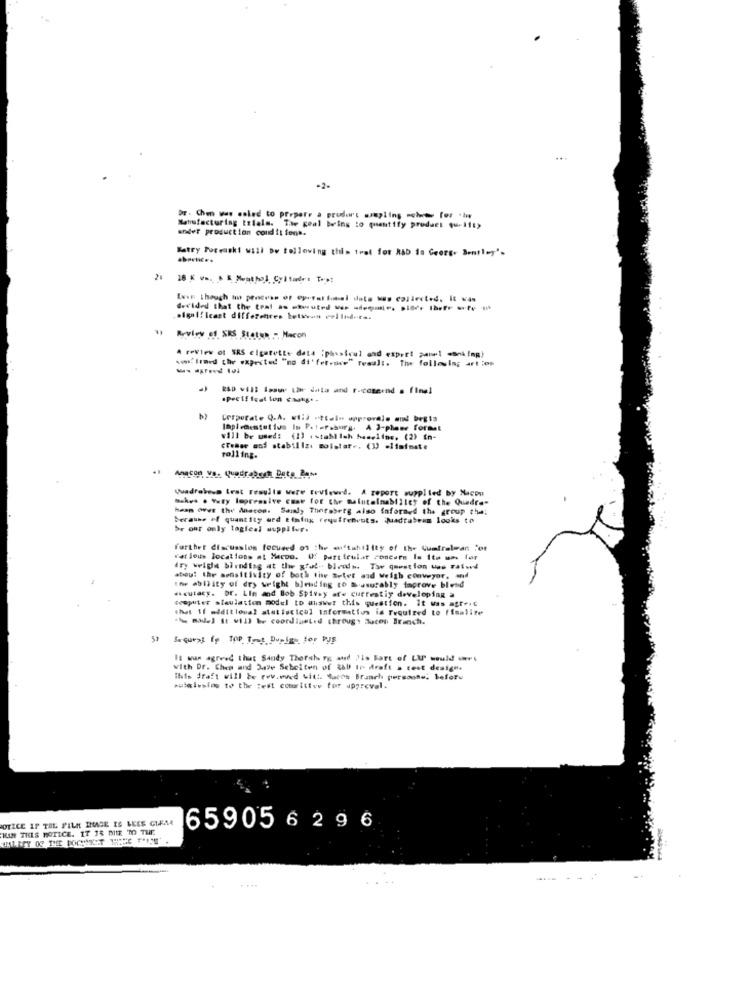
-2.
Dr. Chen was esled to prepare a produrt wompiing .chew for .l
ander production conditions.
Manufacturing trials. The goal bwins to quantify product qu-li:>
Matry Porcask! will be following this trat for RAD in Georg. Bentley'.
28
Even though to penceas of operat total data Was collected, It was
decided that the toal as tutel - ----- - i Ihr -- -
significant differences belivos evlinders.
Review of SES Status - Macon
A review of SRS cigarette data :phusicul and expert panel =snk!ma!
swiflrmed the expected "no di' fet .the" result. Tiw following art los
------ - data and r-coseind . final
.preff feet ton catig. .
Corporate Q.A. will itteln approvalo and begis
Implementet ius Is Petersburg. A 3-phase formet
will be used: (1) establish hamelins. (2) in-
cremer and stabilizi molstar .. (1) eliminate
rolling.
Anacon Va. QuadroBest Data Base
Quadrobeun test results were reviewed. A report supplied by Nacon
Bakes . Yury lepressive cmsw for thr maintainability of the Quadra-
haap over the Anacos. Saialy Thorsberg also informed the group the;
Berause of quantity erd timing fryuffenvots. Juadtabeam looks to
br ohr only togleal supplier.
further discusslos focused on the auftability of the Quefralean for
Wat jeus locations at Macoo. O: part teulat concern Is ita un for
Ary weigle blending at the gral. blodh. Tar question was raised
about the sensitivity of both the artet and Weigh conveyor, and
the ability of dry wright blending to m'asurably improve blend
.. eutacy. br. Lin and Bob Spivey are cutrestiy developing a
weoputer slaulation model to answer this question. It was agre.G
that if alditloual statistical information is required to finalize
.he model it will be coordiuetid through ducon Branch.
Sa quezt fo TOP Test Duplgs for PUS
It was agreed that Sandy Thorsh Fg and 'is Bart of LUP" would www.
with Dr. Chem and Juve Sebeiten of R&D tr draft s cest design.
This draft will be rev.oved with Mucos Branch personne. before
putainsins to the test courttive for approval.
OTICE IF TOL PILA IMAGE IS LEES GIRAR
IUIN THIS NOTICE. IT 18 MIE TO THE
659056296